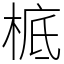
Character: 㭽